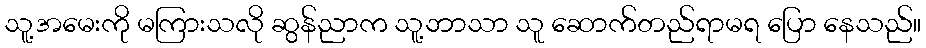
သူ့အမေးကို မကြားသလို ဆွန်ညာက သူ့ဘာသာ သူ ဆောက်တည်ရာမရ ပြော နေသည်။